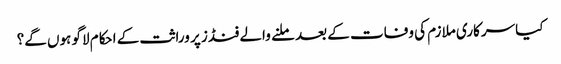
کیا سرکاری ملازم کی وفات کے بعد ملنے والے فنڈز پر وراثت کے احکام لاگو ہوں‌ گے؟